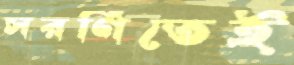
সরণিতেই